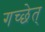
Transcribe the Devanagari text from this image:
गच्छेत्